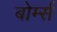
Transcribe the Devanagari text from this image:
बोर्म्स